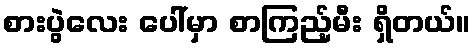
စားပွဲလေး ပေါ်မှာ စာကြည့်မီး ရှိတယ်။